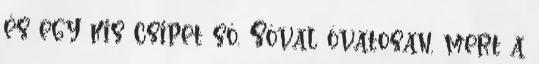
és egy kis csipet só. Sóval óvatosan, mert a